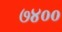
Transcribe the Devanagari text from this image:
७४००